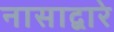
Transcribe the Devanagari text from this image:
नासाद्वारे